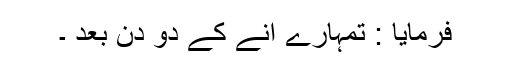
فرمایا : تمہارے آنے کے دو دن بعد ۔